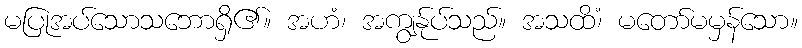
မပြုအပ်သောသဘောရှိ၏။ အဟံ၊ အကျွန်ုပ်သည်။ အသထိံ၊ မတော်မမှန်သော။